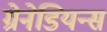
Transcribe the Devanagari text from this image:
ग्रेनेडियन्स